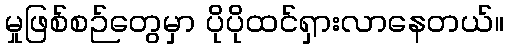
မှုဖြစ်စဉ်တွေမှာ ပိုပိုထင်ရှားလာနေတယ်။